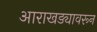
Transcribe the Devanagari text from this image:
आराखड्यावरून